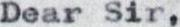
Dear Sir,